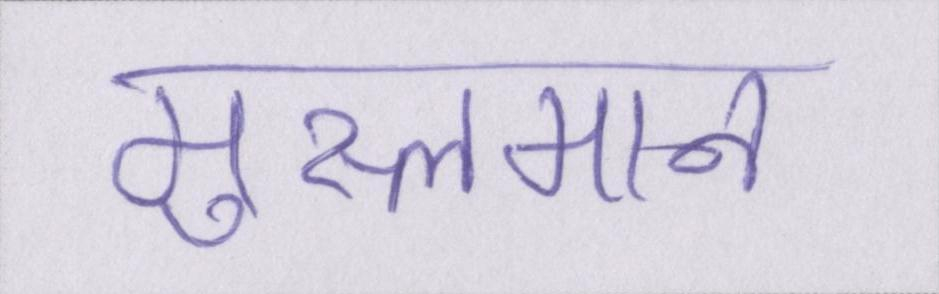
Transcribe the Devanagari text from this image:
मुस्लमान